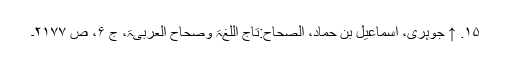
۱۵. ↑ جوہری، اسماعیل بن حماد، الصحاح:تاج اللغۃ وصحاح العربیۃ، ج ۶، ص ۲۱۷۷۔